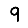
Digit: 9